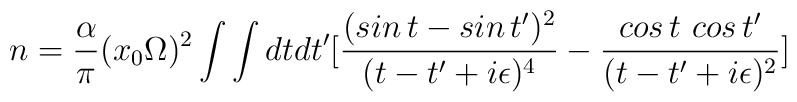
n={\alpha\over \pi} (x_0 \Omega)^2 \int \int dtdt'\bigl[{(sin\,t-sin\,t')^2\over (t-t'+i\epsilon )^4} -{cos\,t~cos\,t'\over (t-t' +i\epsilon)^2} \bigr]